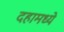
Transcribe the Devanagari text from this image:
दहामध्ये